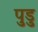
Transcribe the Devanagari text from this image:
पुडु